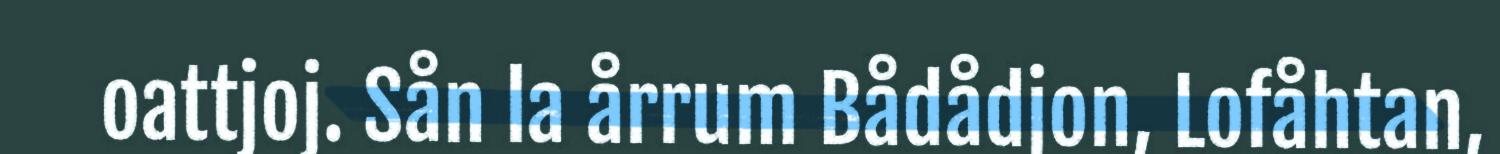
oattjoj. Sån la årrum Bådådjon, Lofåhtan,